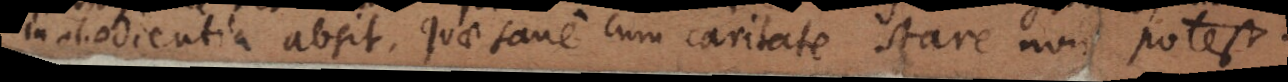
inobedientia absit, quae sane cum caritate stare non potest